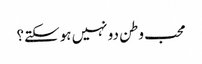
محب وطن دو نہیں ہوسکتے؟